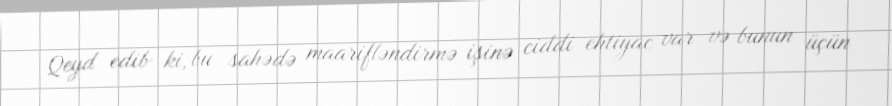
Qeyd edib ki, bu sahədə maarifləndirmə işinə ciddi ehtiyac var və bunun üçün